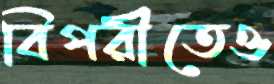
বিপরীতেও